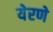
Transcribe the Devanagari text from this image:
येरणे